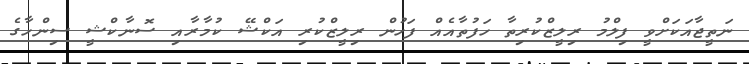
ނަތީޖާއަކަށްވީ ފިލްމު ރިލީޒްކުރިތާ ހަފުތާއެއް ފަހުން ރިލީޒްކުރި އަކްޝޭ ކުމާރާއި ސޮނާކްޝީ ސިންހާގެ